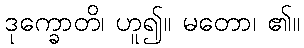
ဒုက္ခောတိ၊ ဟူ၍။ မတော၊ ၏။